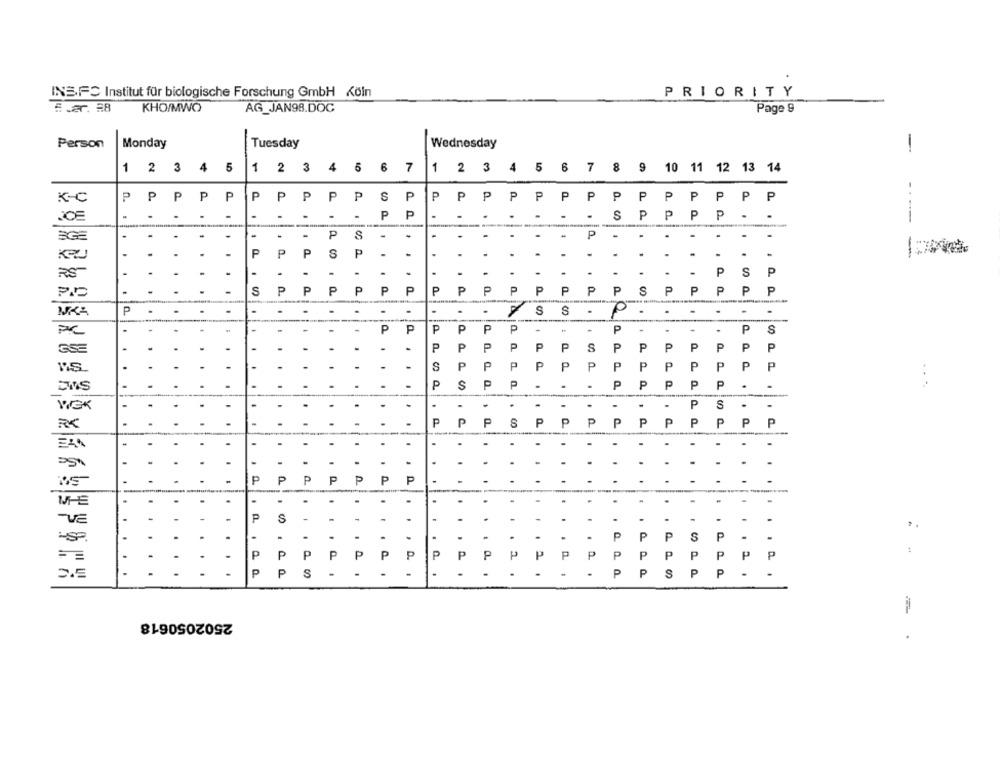
PRIORITY
INSFS Institut für biologische Forschung GmbH Köln
Svar. EB KHO/MWO
AG_JAN98.DOC
Page 9
Person
Monday
Tuesday
Wednesday
-
1
2
3
4
5
1
2 3
6
7
1
5
7
8
9
10
11
12
13
14
2 3
4
K-C
P
P
P
P
P
S
P
P
P
P
P
P
P
P
P
P
P
P
P
P
P
PPPPP
P
P
.
P
P
P
P
.
S
-
.
-
P
8
-
.
.
.
.
.
P
-
.
.
.
ÈGE
P
-
P
P
S
P
.
.
.
.
-
-
-
.
.
.
.
-
.
.
.
.
.
-
.
.
.
-
P
S
P
RS
.
P
P
P
P
P
P
P
P
P
P
P
P
P
S
P
P
P
P
P
P
S
MKA
P
.
.
iA
S
S
.
P
.
.
.
-
-
PC
-
-
P
P
P
P
P
P
-
.
P
-
-
.
P
S
ESE
-
.
P
P
P
P
P
P
S
P
P
P
P
P
P
P
-
-
S
P
P
P
P
P
P
P
P
P
P
P
P
P
:
EWS
-
-
P
S
P
P
.
.
P
P
P
P
P
.
.
.
-
P
S
.
-
-
P
P
P
P
P
P
P
P
P
P
P
P
P
-
.
.
-
-
.
.
.
-
.
P
P
P
P
P
P
P
-
ME
.
.
.
.
.
-
.
P
S
-
-VE
-
.
-
-
.
-
-
.
-
.
..
.
.
-
.
P
P
P
S
P
-
P
P
P
P
P
P
P
P
P
P
P
P
p
P
P
P
P
P
P
P
P
..
=
.
...
P
P
S
-
.... .
-
.
.
P
P
S
P
P
.
2502050618